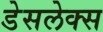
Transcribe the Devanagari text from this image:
डेसलेक्स